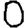
Digit: 0